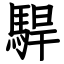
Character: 駻